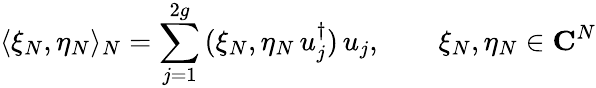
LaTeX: \langle\xi_{N},\eta_{N}\rangle_{N}=\sum_{j=1}^{2g}\, (\xi_{N},\eta_{N}\, u_{j}^{\dagger})\, u_{j},\qquad\xi_{N},\eta_{N}\in{\mathbf C}^{N}